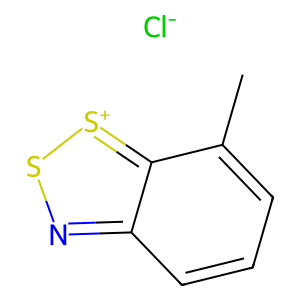
SMILES: Cc1cccc2ns[s+]c12.[Cl-]
Inhibits HIV replication: No